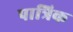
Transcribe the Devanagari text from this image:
पात्रिक